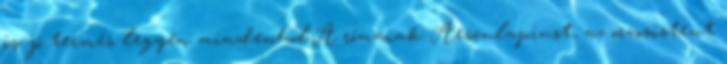
is jó termés legyen mindenhol.A rómaiak Aesculapiust, az orvosistent